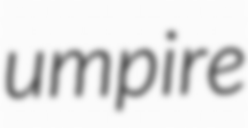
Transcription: umpire